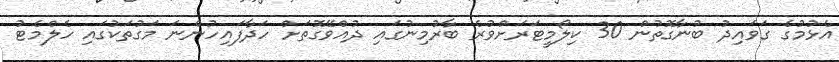
އެޅުމުގެ ގަވައިދު ބުނާގޮތުން 30 ކިލޯމީޓަރަށްވުރެ ބާރުމިނުގައި ދުއްވޭގޮތަށް ހަދާފައިހުންނަ މަގުތަކުގައި ހެލްމެޓު